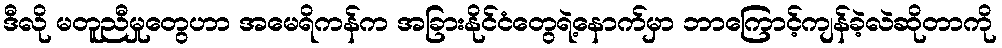
ဒီလို မတူညီမှုတွေဟာ အမေရိကန်က အခြားနိုင်ငံတွေရဲ့နောက်မှာ ဘာကြောင့်ကျန်ခဲ့လဲဆိုတာကို